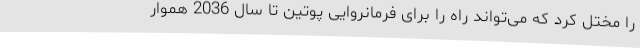
را مختل کرد که می‌تواند راه را برای فرمانروایی پوتین تا سال 2036 هموار